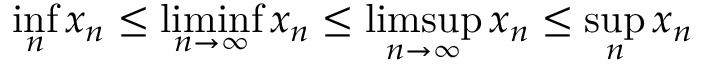
\operatorname* { i n f } _ { n } x _ { n } \leq \operatorname* { l i m i n f } _ { n \to \infty } x _ { n } \leq \operatorname* { l i m s u p } _ { n \to \infty } x _ { n } \leq \operatorname* { s u p } _ { n } x _ { n }